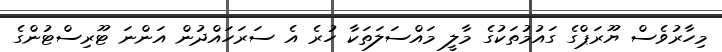
މިހާރުވެސް ޔޫރަޕްގެ ގައުމުތަކުގެ މާލީ މައްސަލަތަކާ ހުރެ އެ ސަރަހައްދުން އަންނަ ޓޫރިސްޓުންގެ